Leaving Certificate Examination (including Day School Certificate (Higher) General paper), 1928
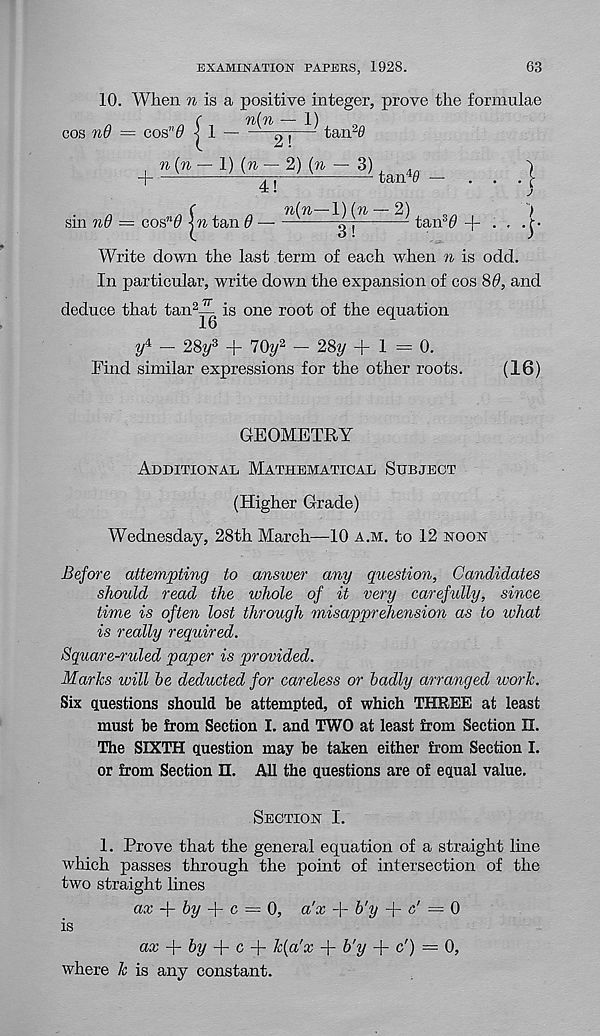
EXAMINATION PAPERS, 1928.
63
10. When % is a positive integer, prove the formulae
• • •)
cos nd = cos n 0
+ „( M _1) ( M - 2 ) ("-3)^
4!
sin nd — coffO \ n tan 6 —
n 0 I '/
n(n—1) (n — 2)
it
tan 3^ + • • -j
Write down the last term of each when n is odd.
In particular, write down the expansion of cos 89, and
deduce that tan 2 — is one root of the equation
— 28?/ 3 + 70?/ 2 — 28y +1=0.
Find similar expressions for the other roots.
(16)
GEOMETRY
Additional Mathematical Subject
(Higher Grade)
Wednesday, 28th March—10 a.m. to 12 noon
Before attempting to answer any question, Candidates
should read the whole of it very carefully, since
lime is often lost through misapprehension as to what
is really required.
Square-ruled paper is provided.
Marks will be deducted for careless or badly arranged work.
Six questions should he attempted, of which THREE at least
must be from Section I. and TWO at least from Section II.
The SIXTH question may be taken either from Section I.
or from Section n. All the questions are of equal value.
Section I.
1. Prove that the general equation of a straight line
which passes through the point of intersection of the
two straight lines
aj; +
+ c = 0, a'x + b'y +
= 0
is
ax
by -\- c
k{a'x + b'y + c') = 0,
where k is any constant.